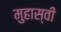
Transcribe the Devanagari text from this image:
मुहास्वी